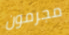
مجرمون